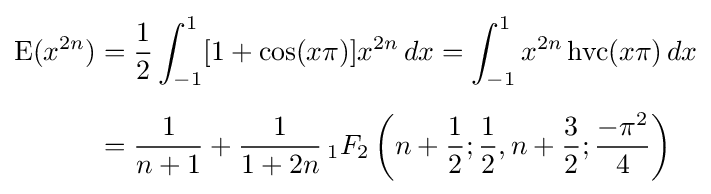
{\begin{aligned}\operatorname {E} (x^{2n})&={\frac {1}{2}}\int _{-1}^{1}[1+\cos(x\pi )]x^{2n}\,dx=\int _{-1}^{1}x^{2n}\operatorname {hvc} (x\pi )\,dx\\[5pt]&={\frac {1}{n+1}}+{\frac {1}{1+2n}}\,_{1}F_{2}\left(n+{\frac {1}{2}};{\frac {1}{2}},n+{\frac {3}{2}};{\frac {-\pi ^{2}}{4}}\right)\end{aligned}}